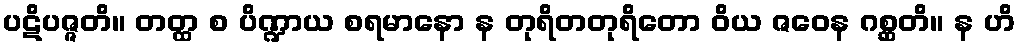
ပဋိပဇ္ဇတိ။ တတ္ထ စ ပိဏ္ဍာယ စရမာနော န တုရိတတုရိတော ဝိယ ဇဝေန ဂစ္ဆတိ။ န ဟိ